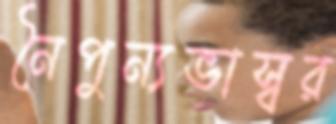
নৈপুন্যভাস্বর